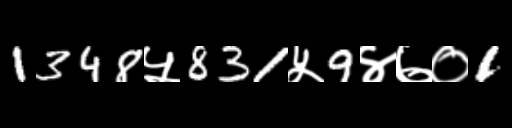
Text: 1348५831५9४७०1